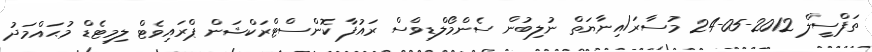
ތަފްސީލް 2012-05-24 މުސާރަ/އިނާޔަތް ނުލިބުން ސެންމޯލްޑިވްސް ރައުފާ ކޮންސްޓްރަކްޝަން ޕްރައިވެޓް ލިމިޓެޑް މުޙައްމަދު